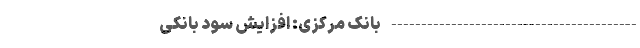
----------------------------------------- بانک مرکزی: افزایش سود بانکی